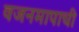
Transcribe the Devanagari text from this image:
वजनमापाची